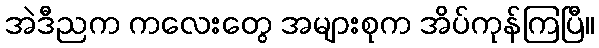
အဲဒီညက ကလေးတွေ အများစုက အိပ်ကုန်ကြပြီ။